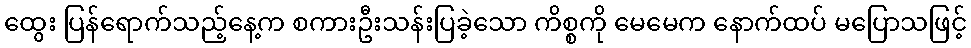
ထွေး ပြန်ရောက်သည့်နေ့က စကားဦးသန်းပြခဲ့သော ကိစ္စကို မေမေက နောက်ထပ် မပြောသဖြင့်